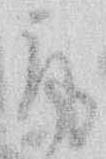
取